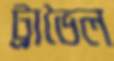
ট্রাভৈল